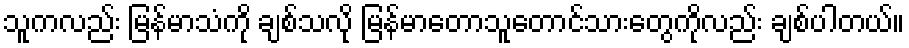
သူကလည်း မြန်မာသံကို ချစ်သလို မြန်မာတောသူတောင်သားတွေကိုလည်း ချစ်ပါတယ်။